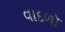
વાદળૉ